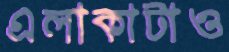
এলাকাটাও